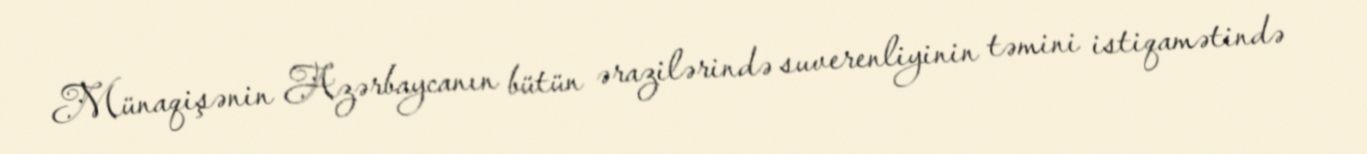
Münaqişənin Azərbaycanın bütün ərazilərində suverenliyinin təmini istiqamətində